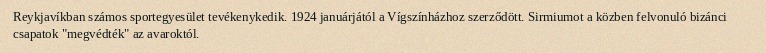
Reykjavíkban számos sportegyesület tevékenykedik. 1924 januárjától a Vígszínházhoz szerződött. Sirmiumot a közben felvonuló bizánci csapatok "megvédték" az avaroktól.